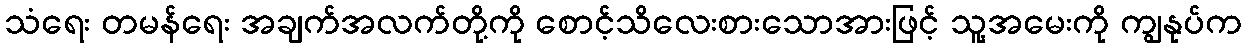
သံရေး တမန်ရေး အချက်အလက်တို့ကို စောင့်သိလေးစားသောအားဖြင့် သူ့အမေးကို ကျွနုပ်က